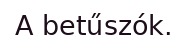
A betűszók.